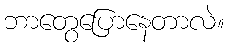
ဘာတွေပြောနေတာလဲ။